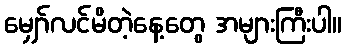
မျှော်လင်မိတဲ့နေ့တွေ အများကြီးပါ။